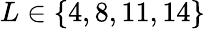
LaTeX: L\in\{ 4,8,11,14\}